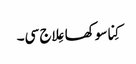
کِنا سوکھا عِلاج سی۔